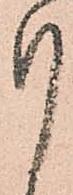
り